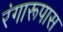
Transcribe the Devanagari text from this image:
रंगारूपास